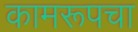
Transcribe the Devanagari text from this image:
कामरूपचा